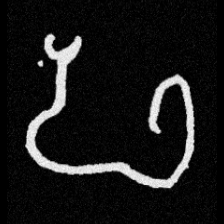
Pyu character \u2014 Myanmar letter: ဖ (romanized: pha)